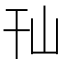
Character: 𰏢